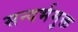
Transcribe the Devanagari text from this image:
सन्दर्भमुक्त